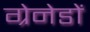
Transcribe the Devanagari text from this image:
ग्रेनेडों